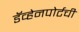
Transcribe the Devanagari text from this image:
डॅव्हेनपोर्टची